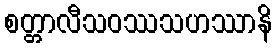
စတ္တာလီသဝဿသဟဿာနိ